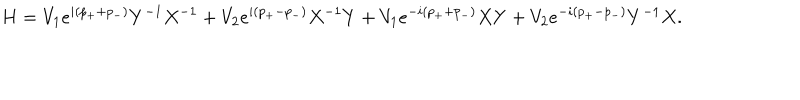
H = V _ { 1 } e ^ { i ( p _ { + } + p _ { - } ) } Y ^ { - 1 } X ^ { - 1 } + V _ { 2 } e ^ { i ( p _ { + } - p _ { - } ) } X ^ { - 1 } Y + V _ { 1 } e ^ { - i ( p _ { + } + p _ { - } ) } X Y + V _ { 2 } e ^ { - i ( p _ { + } - p _ { - } ) } Y ^ { - 1 } X .